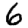
Digit: 6